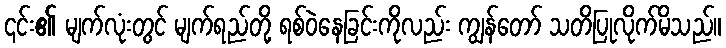
၎င်း၏ မျက်လုံးတွင် မျက်ရည်တို့ ရစ်ဝဲနေခြင်းကိုလည်း ကျွန်တော် သတိပြုလိုက်မိသည်။